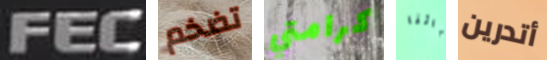
FEC تضخم كرامتي أبائنا أتدرين